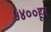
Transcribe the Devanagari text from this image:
५४००हून